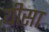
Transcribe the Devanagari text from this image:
यीसा